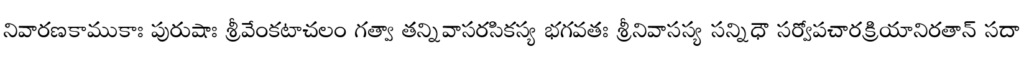
నివారణకాముకాః పురుషాః శ్రీవేంకటాచలం గత్వా తన్నివాసరసికస్య భగవతః శ్రీనివాసస్య సన్నిధౌ సర్వోపచారక్రియానిరతాన్ సదా